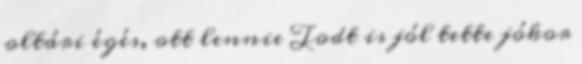
oltári égés, ott lennie Todt is jól tette jókor